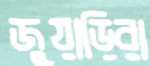
জুয়াড়িরা